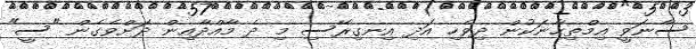
ސާނަވީ އިމްތިޙާނަކުން ދިވެހި އަދި އިނގިރޭސި މި ދެ މާއްދާއިން ދަށްވެގެން "ސީ"